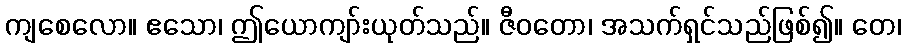
ကျစေလော။ ဧသော၊ ဤယောကျာ်းယုတ်သည်။ ဇီဝတော၊ အသက်ရှင်သည်ဖြစ်၍။ တေ၊